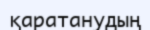
қаратанудың